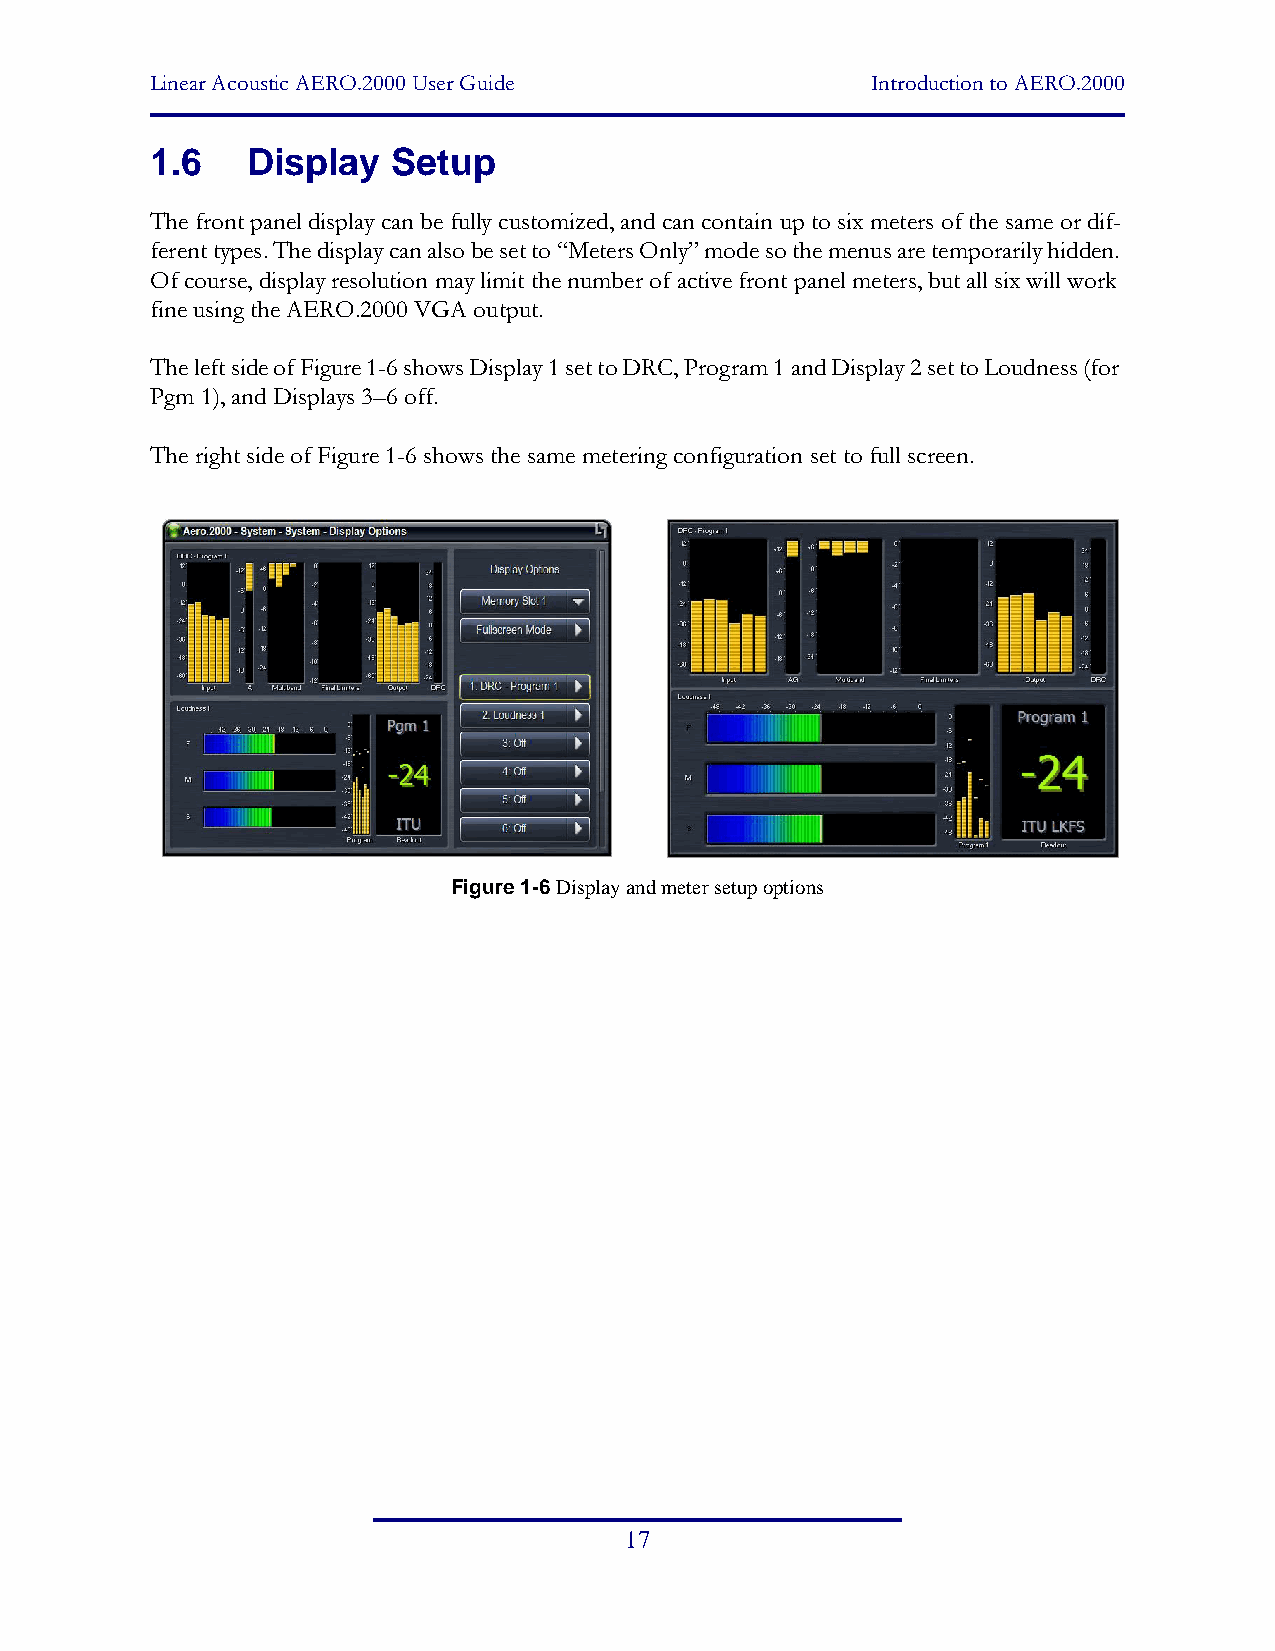
Linear Acoustic AERO.2000 User Guide            Introduction to AERO.2000
 1.6   Display   Setup
 The front panel display can be fully customized, and can contain up to six meters of the same or dif-
 ferent types. The display can also be set to “Meters Only” mode so the menus are temporarily hidden.
 Of course, display resolution may limit the number of active front panel meters, but all six will work
 fine using the AERO.2000 VGA output.
 The left side of Figure 1-6 shows Display 1 set to DRC, Program 1 and Display 2 set to Loudness (for
 Pgm 1), and Displays 3–6 off.
 The right side of Figure 1-6 shows the same metering configuration set to full screen.
 Figure 1-6 Display and meter setup options
 17